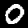
Label: 0